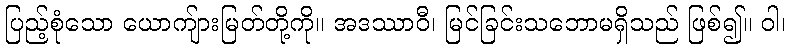
ပြည့်စုံသော ယောကျ်ားမြတ်တို့ကို။ အဒဿာဝီ၊ မြင်ခြင်းသဘောမရှိသည် ဖြစ်၍။ ဝါ၊